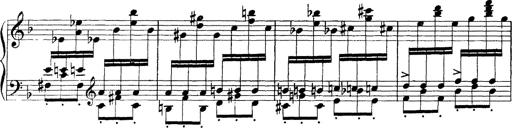
Title: Scherzo und Marsch
Composer: Franz Liszt